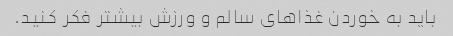
باید به خوردن غذاهای سالم و ورزش بیشتر فکر کنید.